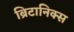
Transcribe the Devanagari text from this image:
ब्रिटानिक्स